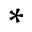
*